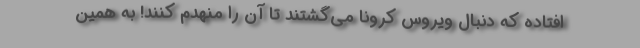
افتاده که دنبال ویروس کرونا می‌گشتند تا آن را منهدم کنند! به همین